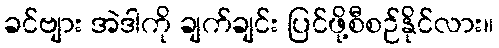
ခင်ဗျား အဲဒါကို ချက်ချင်း ပြင်ဖို့စီစဉ်နိုင်လား။